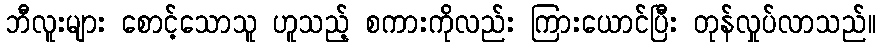
ဘီလူးများ စောင့်သောသူ ဟူသည့် စကားကိုလည်း ကြားယောင်ပြီး တုန်လှုပ်လာသည်။